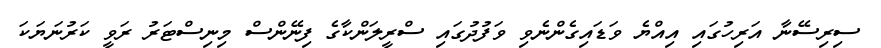
ސިރިސޭނާ އަރިހުގައި އިއްޔެ ވަޑައިގެންނެވި ވަފުދުގައި ސްރީލަންކާގެ ފިނޭންސް މިނިސްޓަރު ރަވީ ކަރުނަޔަކަ